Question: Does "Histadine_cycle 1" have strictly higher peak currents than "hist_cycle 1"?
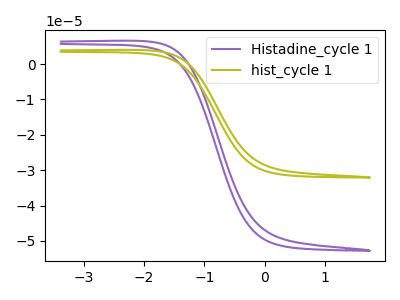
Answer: <think>The purple curve "Histadine_cycle 1" has no peaks. The olive curve "hist_cycle 1" has no peaks.</think>
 <answer>Niether CV has any peaks.</answer>
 <eval>blanks</eval>